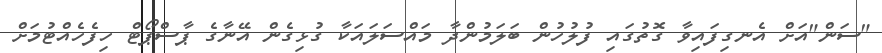
"ސަން"އަށް އެނގިފައިވާ ގޮތުގައި ފުލުހުން ބަލަމުންދާ މައްސަލައަކާ ގުޅިގެން އޭނާގެ ޕާސްޕޯޓް ހިފެހެއްޓުމަށް